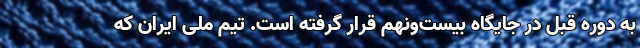
به دوره قبل در جایگاه بیست‌و‌نهم قرار گرفته است. تیم ملی ایران که